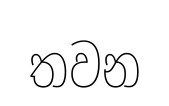
තවන